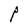
Character: P